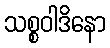
သစ္စဝါဒိနော